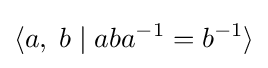
\langle a,\;b\mid aba^{-1}=b^{-1}\rangle